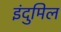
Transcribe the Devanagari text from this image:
इंदुमिल